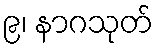
၉၊ နာဂသုတ်